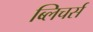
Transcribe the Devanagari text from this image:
ब्लिचर्स